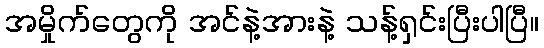
အမှိုက်တွေကို အင်နဲ့အားနဲ့ သန့်ရှင်းပြီးပါပြီ။